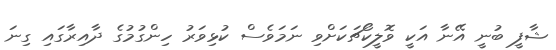
ޝާފީ ބުނީ އޭނާ އަކީ ވޮލީކޯޗަކަށްވި ނަމަވެސް ކުޅިވަރު ހިންގުމުގެ ދާއިރާގައި ގިނަ